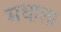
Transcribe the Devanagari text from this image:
मधाला